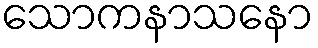
သောကနာသနော